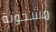
مشحونة